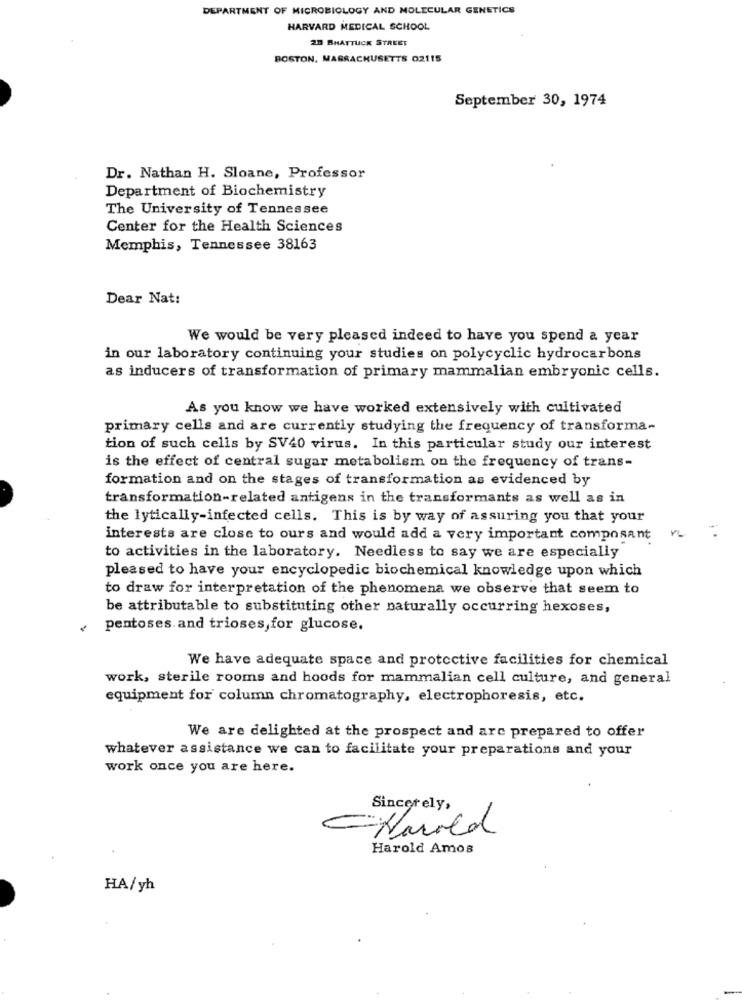
DEPARTMENT OF MICROBIOLOGY AND MOLECULAR GENETICS
HARVARD MEDICAL SCHOOL
27 SHATTUCK STREET
BOSTON, MASSACHUSETTS 02115
September 30, 1974
Dr. Nathan H. Sloane, Professor
Department of Biochemistry
The University of Tennessee
Center for the Health Sciences
Memphis, Tennessee 38163
Dear Nat:
We would be very pleased indeed to have you spend a year
in our laboratory continuing your studies on polycyclic hydrocarbons
as inducers of transformation of primary mammalian embryonic cells.
As you know we have worked extensively with cultivated
primary cells and are currently studying the frequency of transforma-
tion of such cells by SV40 virus. In this particular study our interest
is the effect of central sugar metabolism on the frequency of trans-
formation and on the stages of transformation as evidenced by
transformation-related antigens in the transformants as well as in
the lytically-infected cells. This is by way of assuring you that your
interests are close to ours and would add a very important composant
to activities in the laboratory. Needless to say we are especially
pleased to have your encyclopedic biochemical knowledge upon which
to draw for interpretation of the phenomena we observe that seem to
be attributable to substituting other naturally occurring hexoses,
pentoses. and trioses,for glucose.
We have adequate space and protective facilities for chemical
work, sterile rooms and hoods for mammalian cell culture, and general
equipment for column chromatography, electrophoresis, etc.
We are delighted at the prospect and are prepared to offer
whatever assistance we can to facilitate your preparations and your
work once you are here.
Sincerely,
Harold Amos
HA/yh